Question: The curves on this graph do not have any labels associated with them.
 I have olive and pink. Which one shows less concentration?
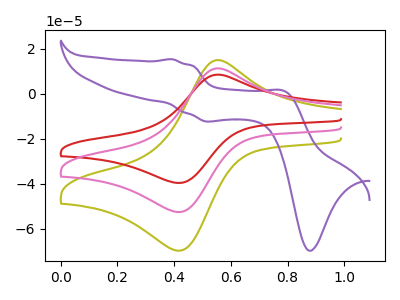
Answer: <think>The olive curve "olive" has an anodic peak at (0.55V, 14.95uA) and a cathodic peak at (0.45V, -69.40uA). The purple curve "purple" has anodic peaks at (0.40V, 15.35uA) (0.80V, 0.95uA) and cathodic peaks at (0.50V, -12.30uA) (0.90V, -69.65uA). The red curve "red" has an anodic peak at (0.55V, 22.55uA) and a cathodic peak at (0.45V, -104.65uA). The pink curve "pink" has an anodic peak at (0.55V, 11.25uA) and a cathodic peak at (0.45V, -52.35uA).
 All the peaks in "olive" have a peak in "pink" at the same potential. Every peak in "olive" is higher than every peak in "pink".</think>
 <answer>"olive" has more signal than "pink" and so likely has a higher concentration.</answer>
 <eval>more_concentration</eval>